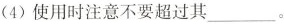
(4)使用时注意不要超过其___ 。